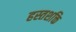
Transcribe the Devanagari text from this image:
हस्तशक्ति